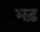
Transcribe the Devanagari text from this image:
भड़